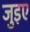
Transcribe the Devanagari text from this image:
जुइए